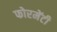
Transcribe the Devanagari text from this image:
फोरमेंटी